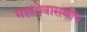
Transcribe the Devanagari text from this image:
महादेवासमीप